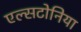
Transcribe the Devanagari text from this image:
एल्सटोनिया